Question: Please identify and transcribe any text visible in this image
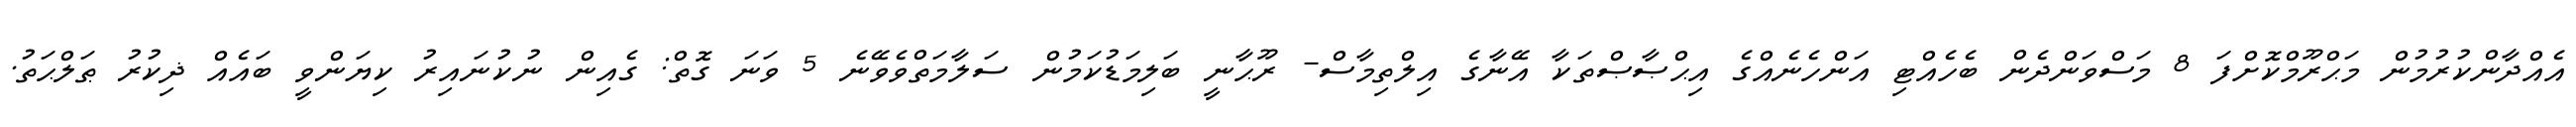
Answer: އެއްދާންކުރުމުން މަޙްރޫމްކޮށްފަ 8 މަސްވަންދެން ބެހެއްޓި އަންހެނެއްގެ އިޙްޞާޞްތަކާ އޭނާގެ އިލްތިމާސް- ރޫޙާނީ ބަލިމަޑުކަމުން ސަލާމަތްވެވޭނެ 5 ވަނަ ގޮތް: ގެއިން ނުކުނައިރު ކިޔަންވީ ބައެއް ޛިކުރު ޠަލްޙަތު.